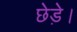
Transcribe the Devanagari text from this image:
छेड़े।